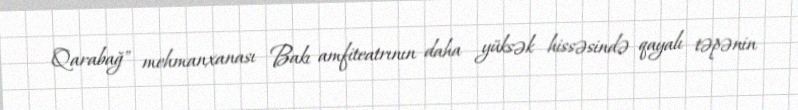
Qarabağ" mehmanxanası Bakı amfiteatrının daha yüksək hissəsində qayalı təpənin